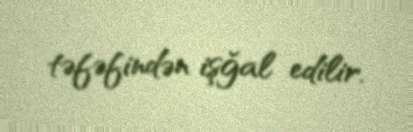
təfəfindən işğal edilir.